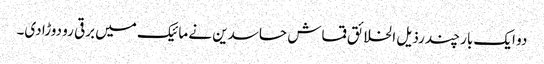
دو ایک بار چند رذیل الخلائق قماش حاسدین نے مائیک میں برقی رو دوڑا دی۔